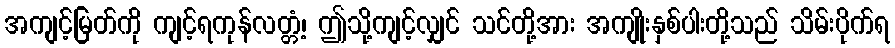
အကျင့်မြတ်ကို ကျင့်ရကုန်လတ္တံ့၊ ဤသို့ကျင့်လျှင် သင်တို့အား အကျိုးနှစ်ပါးတို့သည် သိမ်းပိုက်ရ